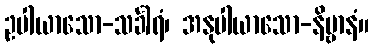
ဥပါယာသော-သင်္ခါရံ၊ အနုပါယာသော-နိဗ္ဗာနံ။